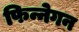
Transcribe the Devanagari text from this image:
फिन्नेगन